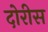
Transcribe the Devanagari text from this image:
दोरीस